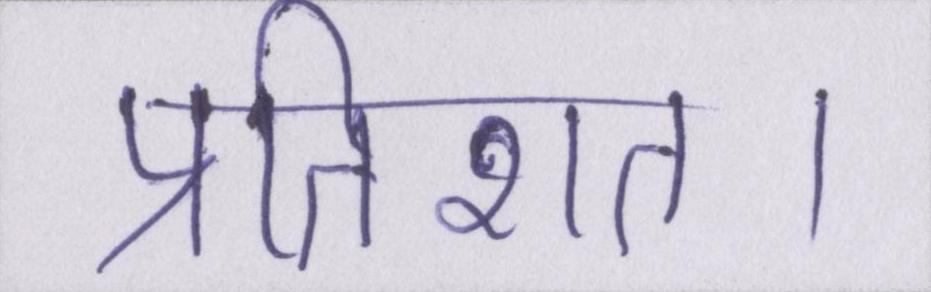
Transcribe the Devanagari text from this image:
प्रतिशत।